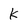
Character: k